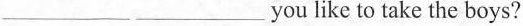
___ ___ you like to take the boys?